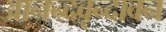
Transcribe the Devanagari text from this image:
आनन्दवृन्दावन